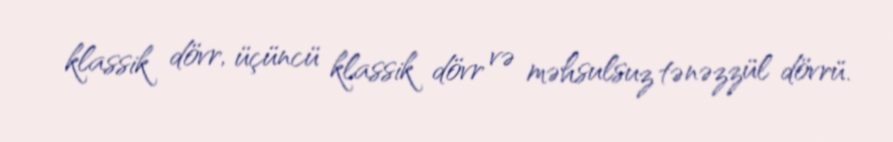
klassik dövr, üçüncü klassik dövr və məhsulsuz tənəzzül dövrü.